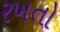
રખતો